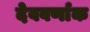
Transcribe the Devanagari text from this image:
देववर्णाक